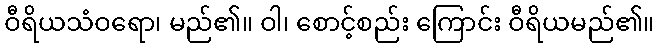
ဝီရိယသံဝရော၊ မည်၏။ ဝါ၊ စောင့်စည်း ကြောင်း ဝီရိယမည်၏။